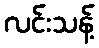
လင်းသန့်